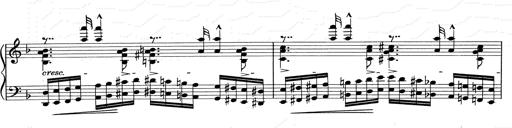
Title: RÃ©miniscences de Don Juan
Composer: Franz Liszt